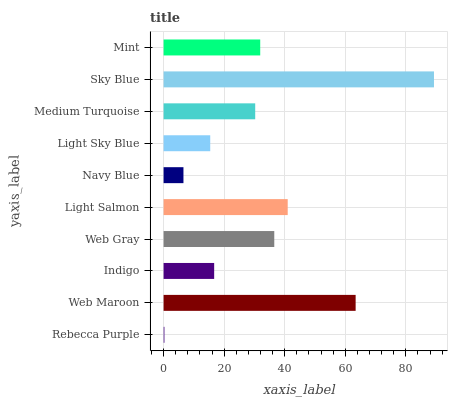
| yaxis_label | bars |
 | --- | --- |
 | Rebecca Purple | 0.305 |
 | Web Maroon | 63.4 |
 | Indigo | 16.7 |
 | Web Gray | 36.5 |
 | Light Salmon | 41 |
 | Navy Blue | 6.56 |
 | Light Sky Blue | 15.4 |
 | Medium Turquoise | 30.3 |
 | Sky Blue | 89.3 |
 | Mint | 31.9 |